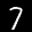
Label: 7